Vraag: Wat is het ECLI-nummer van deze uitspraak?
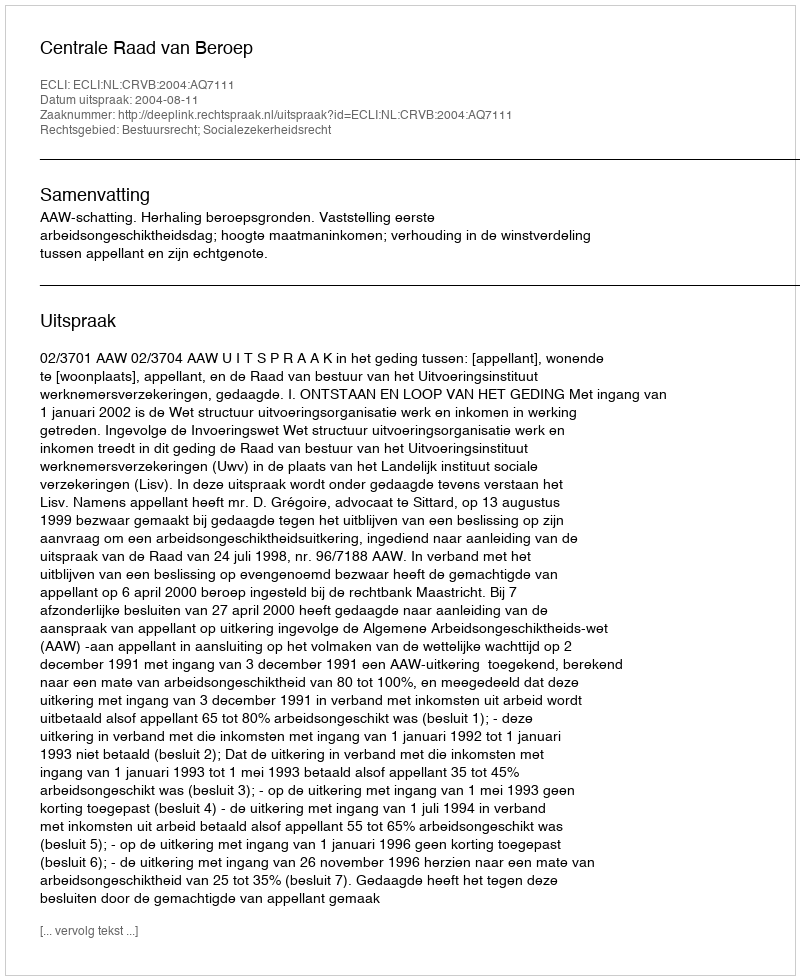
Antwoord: ECLI:NL:CRVB:2004:AQ7111